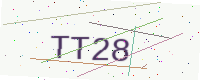
Text: TT28